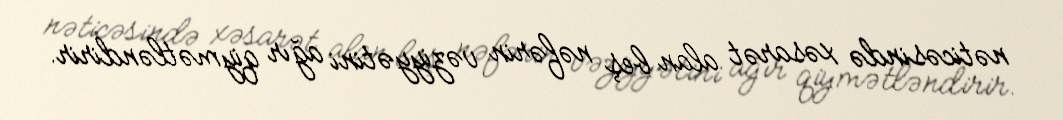
nəticəsində xəsarət alan beş nəfərin vəziyyətini ağır qiymətləndirir.